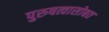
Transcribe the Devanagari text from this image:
पुरुषत्वासोबत